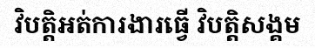
វិបត្តិអត់ការងារធ្វើ វិបត្តិសង្គម